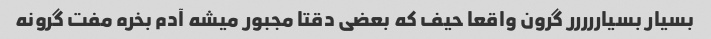
بسیار بسیاررررر گرون واقعا حیف که بعضی دقتا مجبور میشه آدم بخره مفت گرونه